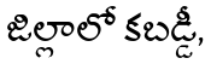
జిల్లాలో కబడ్డీ,